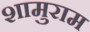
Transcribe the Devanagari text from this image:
शामुराम